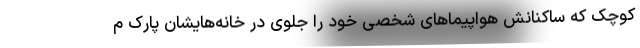
کوچک که ساکنانش هواپیماهای شخصی خود را جلوی در خانه‌هایشان پارک م